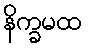
နိက္ခမထ